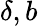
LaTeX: \delta,b